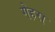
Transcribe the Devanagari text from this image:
गेहरा